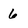
Character: 6